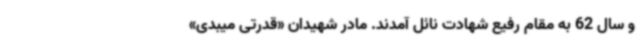
و سال 62 به مقام رفیع شهادت نائل آمدند. مادر شهیدان «قدرتی میبدی»